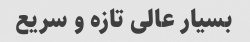
بسیار عالی تازه و سریع